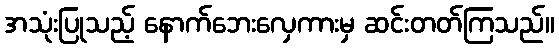
အသုံးပြုသည့် နောက်ဘေးလှေကားမှ ဆင်းတတ်ကြသည်။